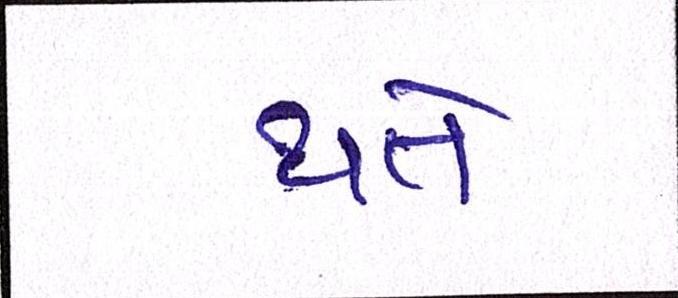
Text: થતે